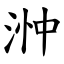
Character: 浺